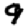
Digit: 9